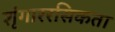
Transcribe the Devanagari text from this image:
शृंगाररसिकता